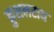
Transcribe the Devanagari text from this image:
कुशलराय